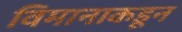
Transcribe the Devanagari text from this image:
विमानाकडून